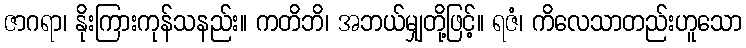
ဇာဂရာ၊ နိုးကြားကုန်သနည်း။ ကတိဘိ၊ အဘယ်မျှတို့ဖြင့်။ ရဇံ၊ ကိလေသာတည်းဟူသော